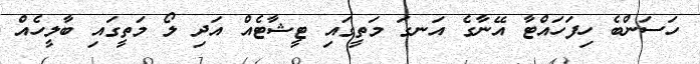
ހަސަންބެ ހިފަހައްޓާ އޭނާގެ އަނގަ މަތީގައި ޓީޝާޓެއް އަދި ލޯ މަތީގައި ބާލީހެއް